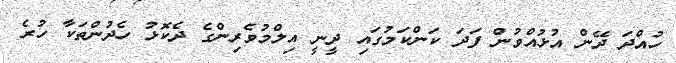
ހުއްދަ ދޭން އުޅުއްވުން ފަދަ ކަންކަމުގައި ދީނީ އިލްމުވެރިންގެ ދެކޮޅު ހެދުންތަކާ ހުރެ